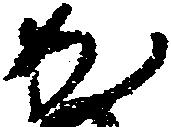
か